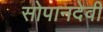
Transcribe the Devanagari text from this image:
सोपानदेवी